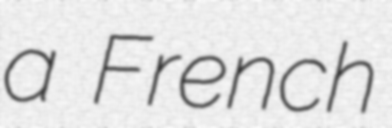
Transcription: a French